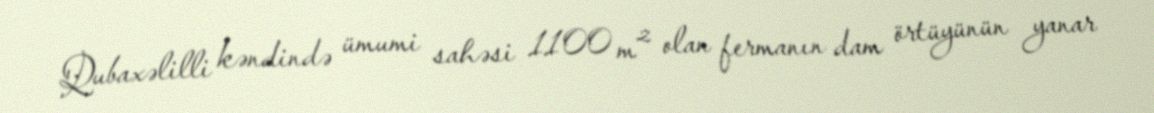
Qubaxəlilli kəndində ümumi sahəsi 1100 m² olan fermanın dam örtüyünün yanar